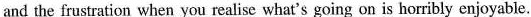
and the frustration when you realise what's going on is horribly enjoyable.